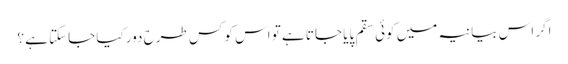
اگر اس بیانیہ میں کوئی سقم پایا جاتا ہے تو اس کو کس طرح دور کیا جاسکتا ہے ؟